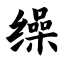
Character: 缲